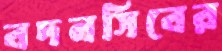
বদনসিবের